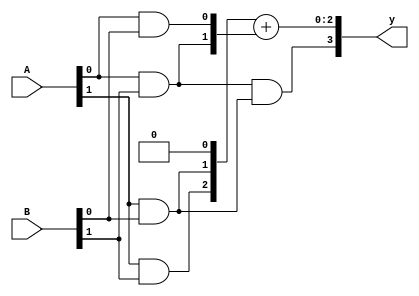
`timescale 1ns / 1ps
//////////////////////////////////////////////////////////////////////////////////
// Company: 
// Engineer: 
// 
// Design Name: 
// Module Name:    multiplier 
// Project Name: 
// Target Devices: 
// Tool versions: 
// Description: 
//
// Dependencies: 
//
// Revision: 
// Revision 0.01 - File Created
// Additional Comments: 
//
//////////////////////////////////////////////////////////////////////////////////
module multiplier(A, B, y
    );
	 input [1:0] A;
	 input [1:0] B;
	 output [3:0] y;
	 
	 wire [1:0] w0;
	 wire [2:0] w1;
	 
	 // multiply the first digit of A
	 assign w0[0] = A[0] & B[0];
	 assign w0[1] = A[0] & B[1];
	 
	 // multiply the second digit of A
	 assign w1[0] = 1'b0;
	 assign w1[1] = A[1] & B[0];
	 assign w1[2] = A[1] & B[1];
	 
	 // the sum of the two prev multiplications is the final result
	 assign y[2:0] = w1 + w0;
	 assign y[3] = w0[1] & w1[1];


endmodule